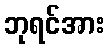
ဘုရင်အား